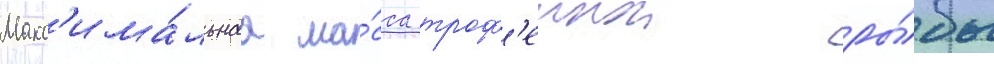
Макс'има́льнаа ма́сса троф'еинои ры́бы